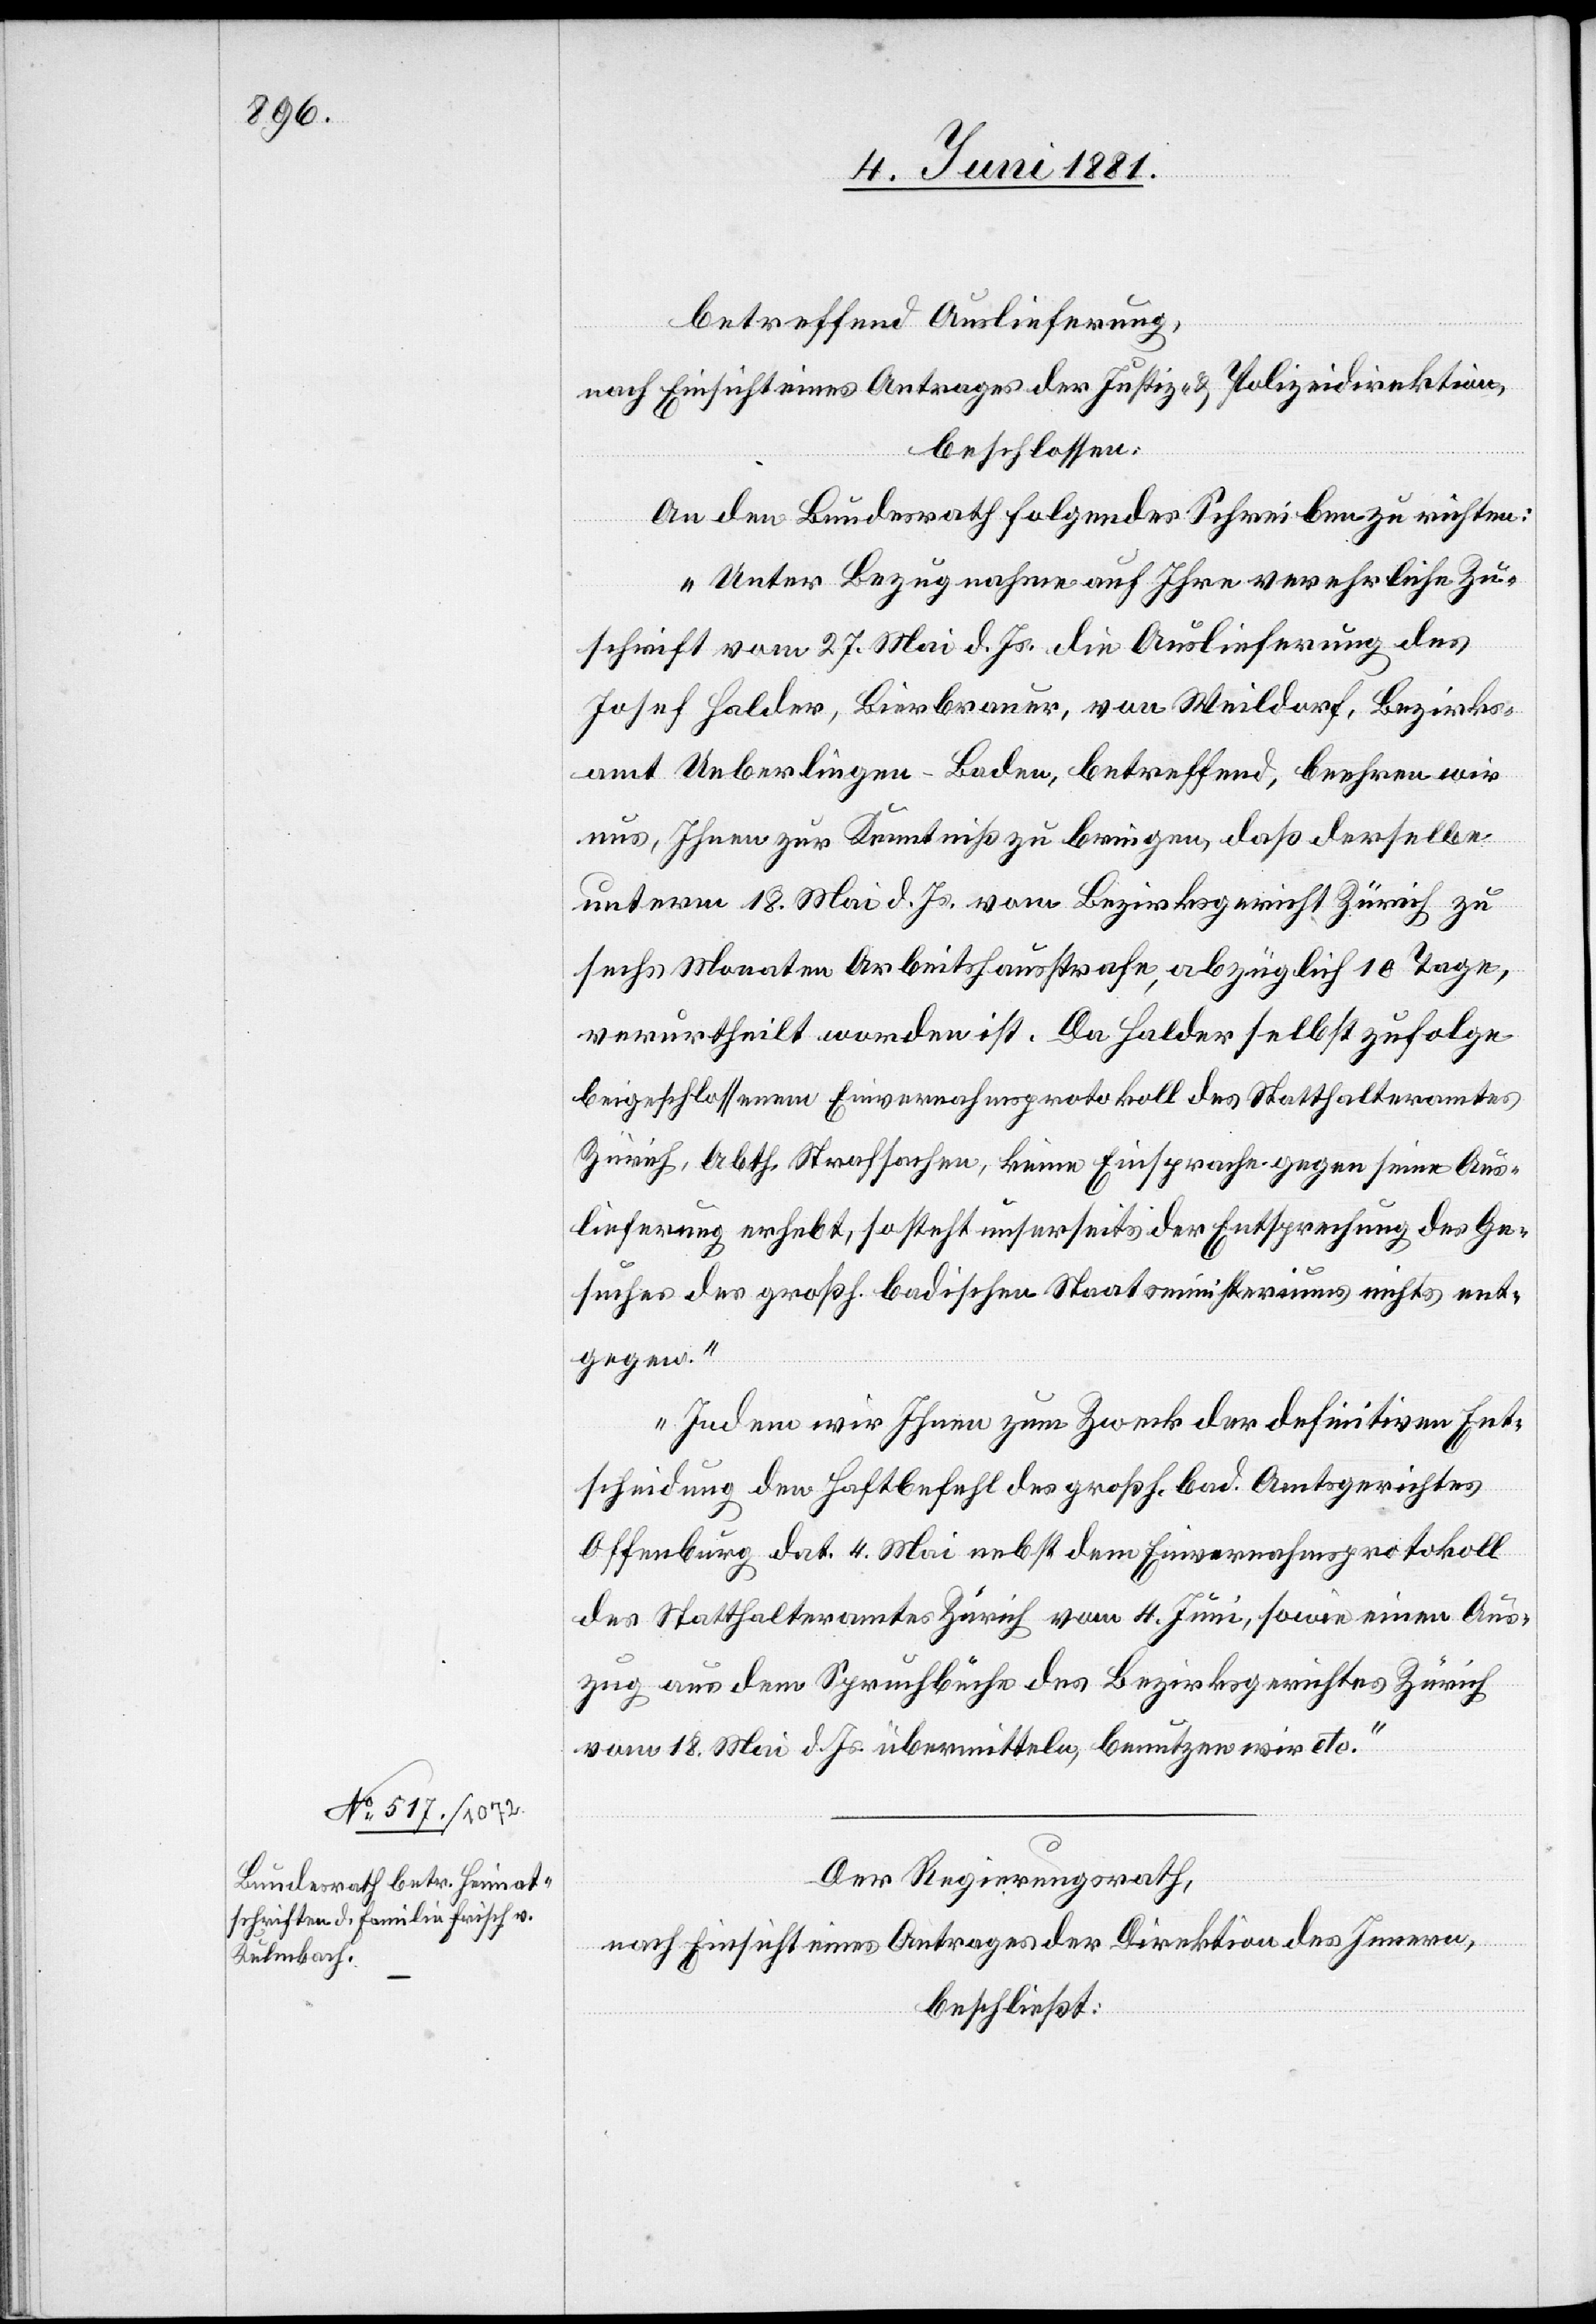
8. Juni 1881]
betreffend Auslieferung
nach Einsicht eines Antrages der Justiz- & Polizeidirektion,
beschlossen:
An den Bundesrath folgendes Schreiben zu richten:
„Unter Bezugnahme auf Ihre verehrliche Zu¬
schrift vom 27. Mai d. Js. die Auslieferung des
Josef Halder, Bierbrauer, von Weildorf, Bezirks¬
amt Ueberlingen - Baden, betreffend, beehren wir
uns, Ihnen zur Kenntniß zu bringen, daß derselbe
unterm 18. Mai d. Js. vom Bezirksgericht Zürich zu
sechs Monaten Arbeitshausstrafe, abzüglich 10 Tage,
verurtheilt worden ist. Da Halder selbst zufolge
beigeschlossenem Einvernahmsprotokoll des Statthalteramtes
Zürich. Abthl. Strafsachen keine Einsprache gegen seine Aus¬
lieferung erhebt, so steht unserseits der Entsprechung des Ge¬
suches des großh. badischen Staatsministeriums nichts ent¬
gegen.
Indem wir ihnen zum Zweck der definitiven Ent¬
scheidung den Haftbefehl des großh. bad. Amtsgerichtes
Offenburg dat. 4. Mai nebst dem Einvernahmsprotokoll
des Statthalteramtes Zürich vom 4. Juni, sowie einen Aus¬
zug aus dem Spruchbuche des Bezirksgerichtes Zürich
vom 18. Mai d. Js. übermitteln, benutzen wir etc.“
Der Regierungsrath,
nach Einsicht eines Antrages der Direktion des Innern,
beschließt: